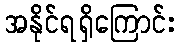
အနိုင်ရရှိကြောင်း